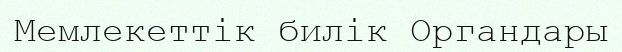
Мемлекеттік билік Органдары